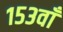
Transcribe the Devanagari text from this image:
१५३वाँ